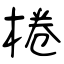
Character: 棬